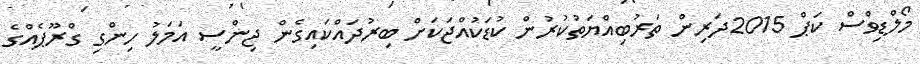
މޯލްޑިވްސް ކަޕް 2015ދަރިން ތަރުބިއްޔަތުކުރުން ކުޑަކުއްޖަކަށް ބިރުދައްކައިގެން ޖިންސީ އަމަލު ހިންގި ގްރޫޕެއްގެ